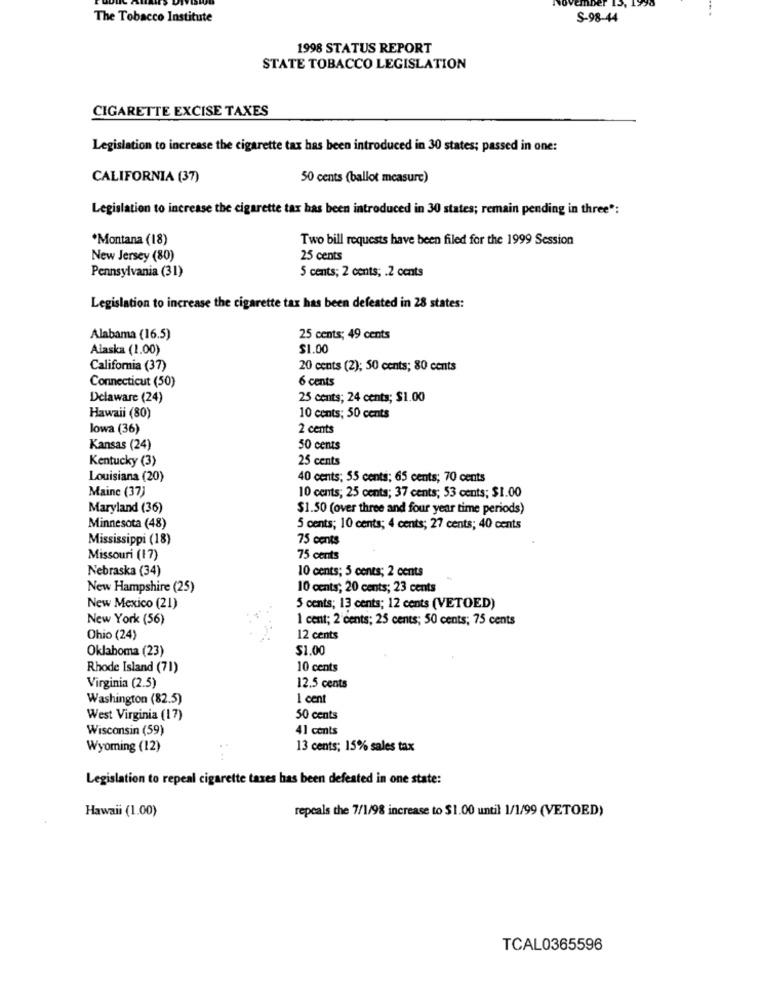
The Tobacco Institute
S-98-44
1998 STATUS REPORT
STATE TOBACCO LEGISLATION
CIGARETTE EXCISE TAXES
Legislation to increase the cigarette tax has been introduced in 30 states; passed in one:
CALIFORNIA (37)
50 cents (ballot measure)
Legislation to increase the cigarette tax has been introduced in 30 states; remain pending in three":
*Montana (18)
Two bill requests have been filed for the 1999 Session
New Jersey (80)
25 cents
Pennsylvania (31)
5 cents; 2 cents; . 2 cents
Legislation to increase the cigarette tax has been defeated in 28 states:
Alabama (16.5)
25 cents; 49 cents
Alaska (1.00)
$1.00
California (37)
20 cents (2); 50 cents; 80 cents
Connecticut (50)
6 cents
Delaware (24)
25 cents; 24 cents; $1.00
Hawaii (80)
10 cents; 50 cents
lowa (36)
2 cents
Kansas (24)
50 cents
Kentucky (3)
25 cents
Louisiana (20)
40 cents: 55 cents; 65 cents; 70 cents
Maine (37)
10 cents; 25 cents; 37 cents; 53 cents; $1.00
Maryland (36)
$1.50 (over three and four year time periods)
Minnesota (48)
5 cents; 10 cents; 4 cents; 27 cents; 40 cents
Mississippi (18)
75 cents
Missouri (17)
75 cents
Nebraska (34)
10 cents; 5 cents; 2 cents
New Hampshire (25)
10 cents; 20 cents; 23 cents
New Mexico (21)
5 cents; 13 cents; 12 cents (VETOED)
New York (56)
I cent; 2 cents; 25 cents; 50 cents; 75 cents
Ohio (24)
12 cents
Oklahoma (23)
$1.00
Rhode Island (71)
10 cents
Virginia (2.5)
12.5 cents
Washington (82.5)
1 cent
West Virginia (17)
50 cents
Wisconsin (59)
41 cents
Wyoming (12)
13 cents; 15% sales tax
Legislation to repeal cigarette taxes has been defeated in one state:
Hawaii (1.00)
repeals the 7/1/98 increase to $1.00 until 1/1/99 (VETOED)
TCAL0365596